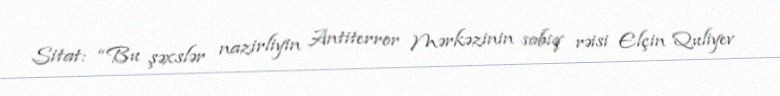
Sitat: “Bu şəxslər nazirliyin Antiterror Mərkəzinin sabiq rəisi Elçin Quliyev